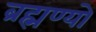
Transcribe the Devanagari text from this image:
ब्रह्मण्यो